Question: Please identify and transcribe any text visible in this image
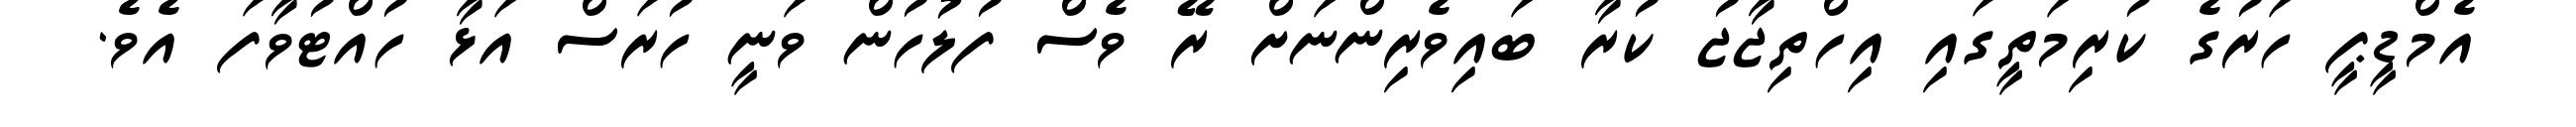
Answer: އެމްޑީޕީ ހަރުގެ ކުރިމަތީގައި އިހްތިޖާޖު ކުރާ ބައިވެރިންނަށް ރޭ ވެސް ފުލުހުން ވަނީ ހުރަސް އަޅާ ހުއްޓުވާފަ އެވެ.